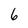
Character: 6